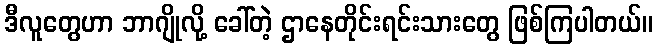
ဒီလူတွေဟာ ဘာဂျိုလို့ ခေါ်တဲ့ ဌာနေတိုင်းရင်းသားတွေ ဖြစ်ကြပါတယ်။